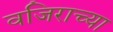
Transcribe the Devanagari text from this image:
वजिराच्या